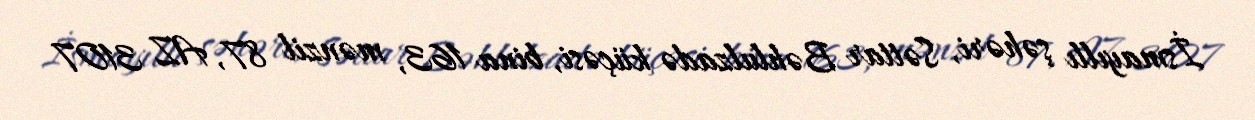
İsmayıllı şəhəri, Səttar Bəhlulzadə küçəsi, bina 163, mənzil 87, AZ 3107